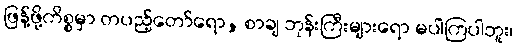
ဖြန့်ဖို့ကိစ္စမှာ တပည့်တော်ရော, စာချ ဘုန်းကြီးများရော မပါကြပါဘူး၊